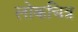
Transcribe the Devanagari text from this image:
लोकचित्र